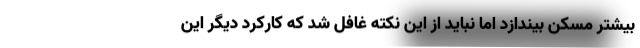
بیشتر مسکن بیندازد اما نباید از این نکته غافل شد که کارکرد دیگر این